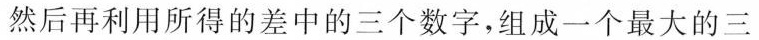
然后再利用所得的差中的三个数字，组成一个最大的三